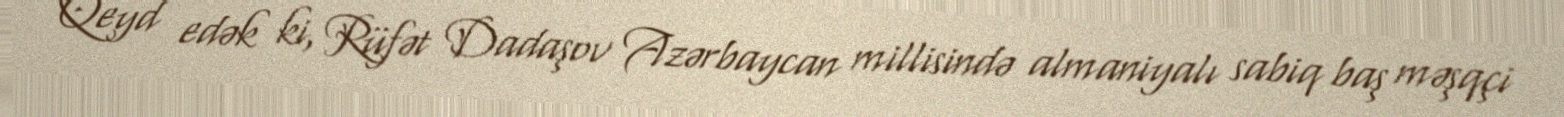
Qeyd edək ki, Rüfət Dadaşov Azərbaycan millisində almaniyalı sabiq baş məşqçi